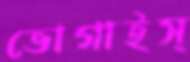
ভোগাইস্